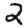
Digit: 2